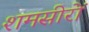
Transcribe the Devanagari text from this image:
शमसीरों